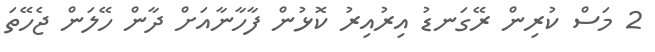
2 މަސް ކުރިން ރޭގަނޑު އިރުއިރު ކޮޅުން ފާހާނާއަށް ދާން ހޭލަން ޖެހޭތަ